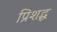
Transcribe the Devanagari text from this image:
प्रिशद्ध